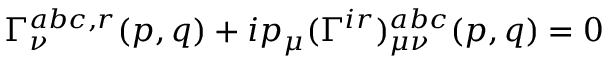
\Gamma _ { \nu } ^ { a b c , r } ( p , q ) + i p _ { \mu } ( \Gamma ^ { i r } ) _ { \mu \nu } ^ { a b c } ( p , q ) = 0